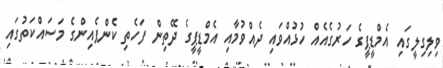
ވިލިގިލީގައި އެމްޑީޕީގެ ހަރުގެއެއް ހުޅުއްވައި ދެއްވުމާއި އެމްޑީޕީގެ ދޭތިން ފަހެތި ކެންޕެއިންގެ މަސައްކަތުގައި